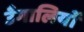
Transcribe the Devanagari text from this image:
उँगालियों